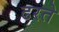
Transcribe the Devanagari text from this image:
ढरते